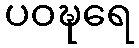
ပဝဍ္ဎရေ